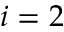
i = 2